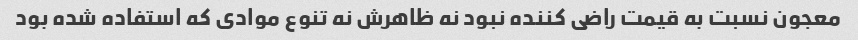
معجون نسبت به قیمت راضی کننده نبود نه ظاهرش نه تنوع موادی که استفاده شده بود